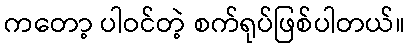
ကတော့ ပါဝင်တဲ့ စက်ရုပ်ဖြစ်ပါတယ်။